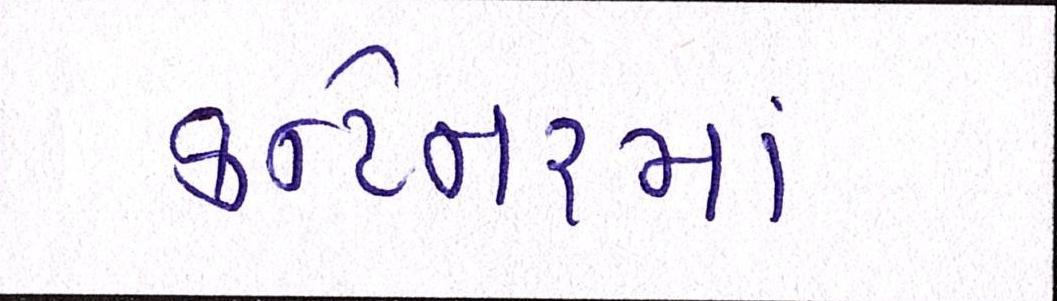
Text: કન્ટેનરમાં